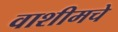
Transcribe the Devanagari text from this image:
वाशीमचे